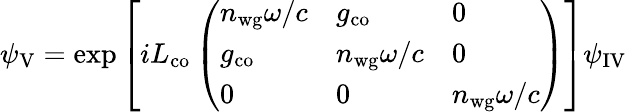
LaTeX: \psi_{\mathrm{V}}=\exp{\left[iL_{\mathrm{co}}\left(\begin{array}{lll}{n_{\mathrm{wg}}\omega/c}&{g_{\mathrm{co}}}&{0}\\ {g_{\mathrm{co}}}&{n_{\mathrm{wg}}\omega/c}&{0}\\ {0}&{0}&{n_{\mathrm{wg}}\omega/c}\end{array}\right)\right]}\psi_{\mathrm{IV}}